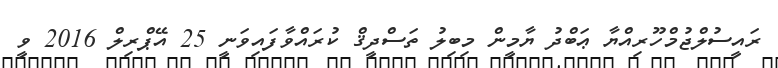
ރައީސުލްޖުމްހޫރިއްޔާ ޢަބްދު ޔާމީން މިބިލު ތަސްދީޤް ކުރައްވާފައިވަނީ 25 އޭޕްރިލް 2016 ވީ